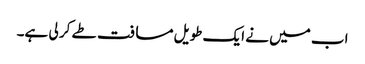
اب میں نے ایک طویل مسافت طے کر لی ہے۔